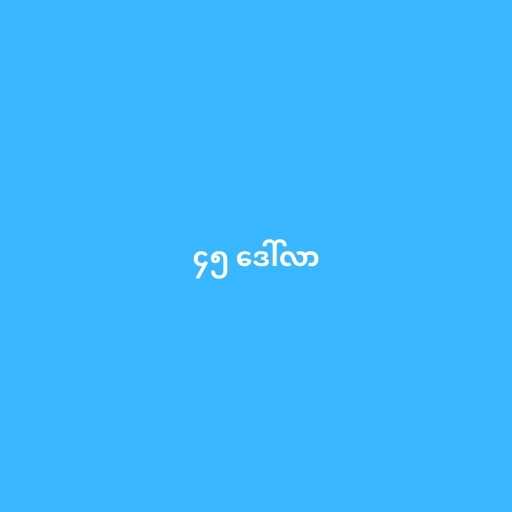
၄၅ ဒေါ်လာ